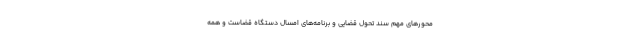
محورهای مهم سند تحول قضایی و برنامه‌های امسال دستگاه قضاست و همه